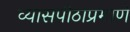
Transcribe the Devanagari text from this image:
व्यासपीठाप्रमाणे